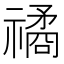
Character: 𥛯